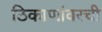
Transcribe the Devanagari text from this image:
ठिकाणांवरची